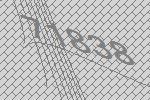
71838